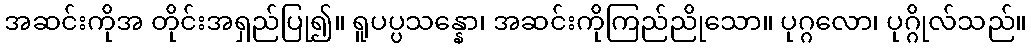
အဆင်းကိုအ တိုင်းအရှည်ပြု၍။ ရူပပ္ပသန္နော၊ အဆင်းကိုကြည်ညိုသော။ ပုဂ္ဂလော၊ ပုဂ္ဂိုလ်သည်။